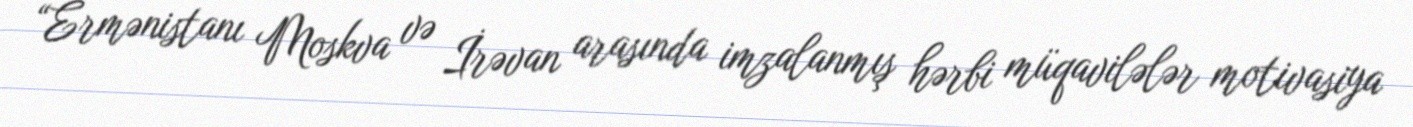
“Ermənistanı Moskva və İrəvan arasında imzalanmış hərbi müqavilələr motivasiya